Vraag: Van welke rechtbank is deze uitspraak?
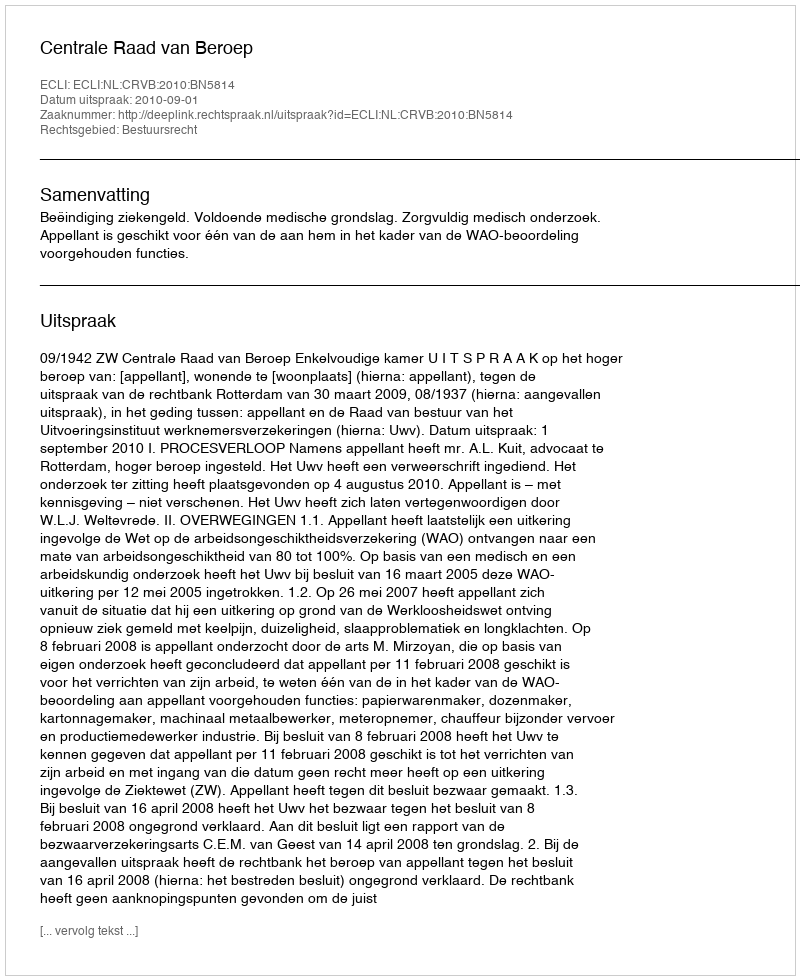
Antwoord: Centrale Raad van Beroep